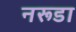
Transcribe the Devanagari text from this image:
नरूडा